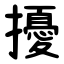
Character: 擾